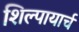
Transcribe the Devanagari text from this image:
शिल्पायार्च